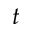
t